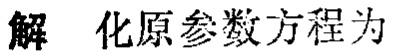
解 化原参数方程为